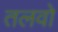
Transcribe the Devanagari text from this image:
तलवो